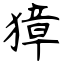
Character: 獐